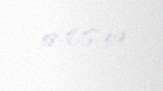
58-OS-519